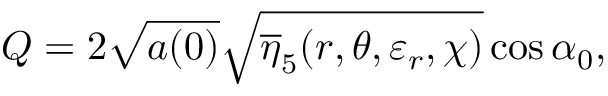
Q = 2 \sqrt { a ( 0 ) } \sqrt { \overline { { { \eta } } } _ { 5 } ( r , \theta , \varepsilon _ { r } , \chi ) } \cos \alpha _ { 0 } ,